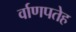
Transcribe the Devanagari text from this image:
र्वाणपतेह